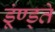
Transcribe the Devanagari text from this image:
डूंण्ड्ते